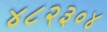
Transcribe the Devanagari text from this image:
४८२३०४